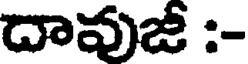
దావుజీ :-